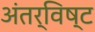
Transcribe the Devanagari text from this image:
अंतर्विष्‍ट